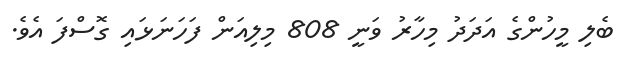
ބެލި މީހުންގެ އަދަދު މިހާރު ވަނީ 808 މިލިއަން ފަހަނަޅައި ގޮސްފަ އެވެ.